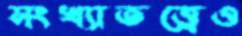
সংখ্যাতত্ত্বেও